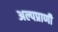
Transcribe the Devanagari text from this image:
अल्पप्राणी